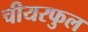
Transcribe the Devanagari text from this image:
चीयरफुल